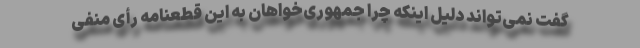
گفت نمی‌تواند دلیل اینکه چرا جمهوری‌خواهان به این قطعنامه رأی منفی